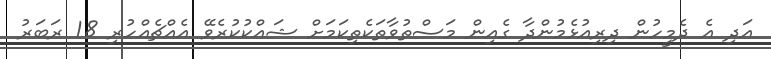
އަދި އެ ދެމީހުން ދިރިއުޅެމުންދާ ގެއިން މަސްތުވާތަކެތިކަމަށް ޝައްކުކުރެވޭ އެއްޗެއްހުރި 18 ރަބަރު